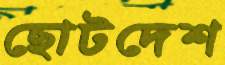
ছোটদেশ